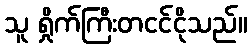
သူ ရှိုက်ကြီးတငင်ငိုသည်။